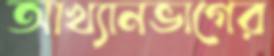
আখ্যানভাগের